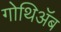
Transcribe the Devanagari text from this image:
गोथिॲब